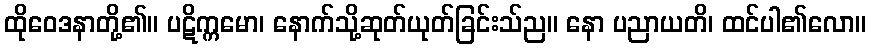
ထိုဝေဒနာတို့၏။ ပဋိက္ကမော၊ နောက်သို့ဆုတ်ယုတ်ခြင်းသ်ည။ နော ပညာယတိ၊ ထင်ပါ၏လော။